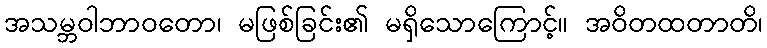
အသမ္ဘဝါဘာဝတော၊ မဖြစ်ခြင်း၏ မရှိသောကြောင့်။ အဝိတထတာတိ၊